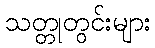
သတ္တုတွင်းများ